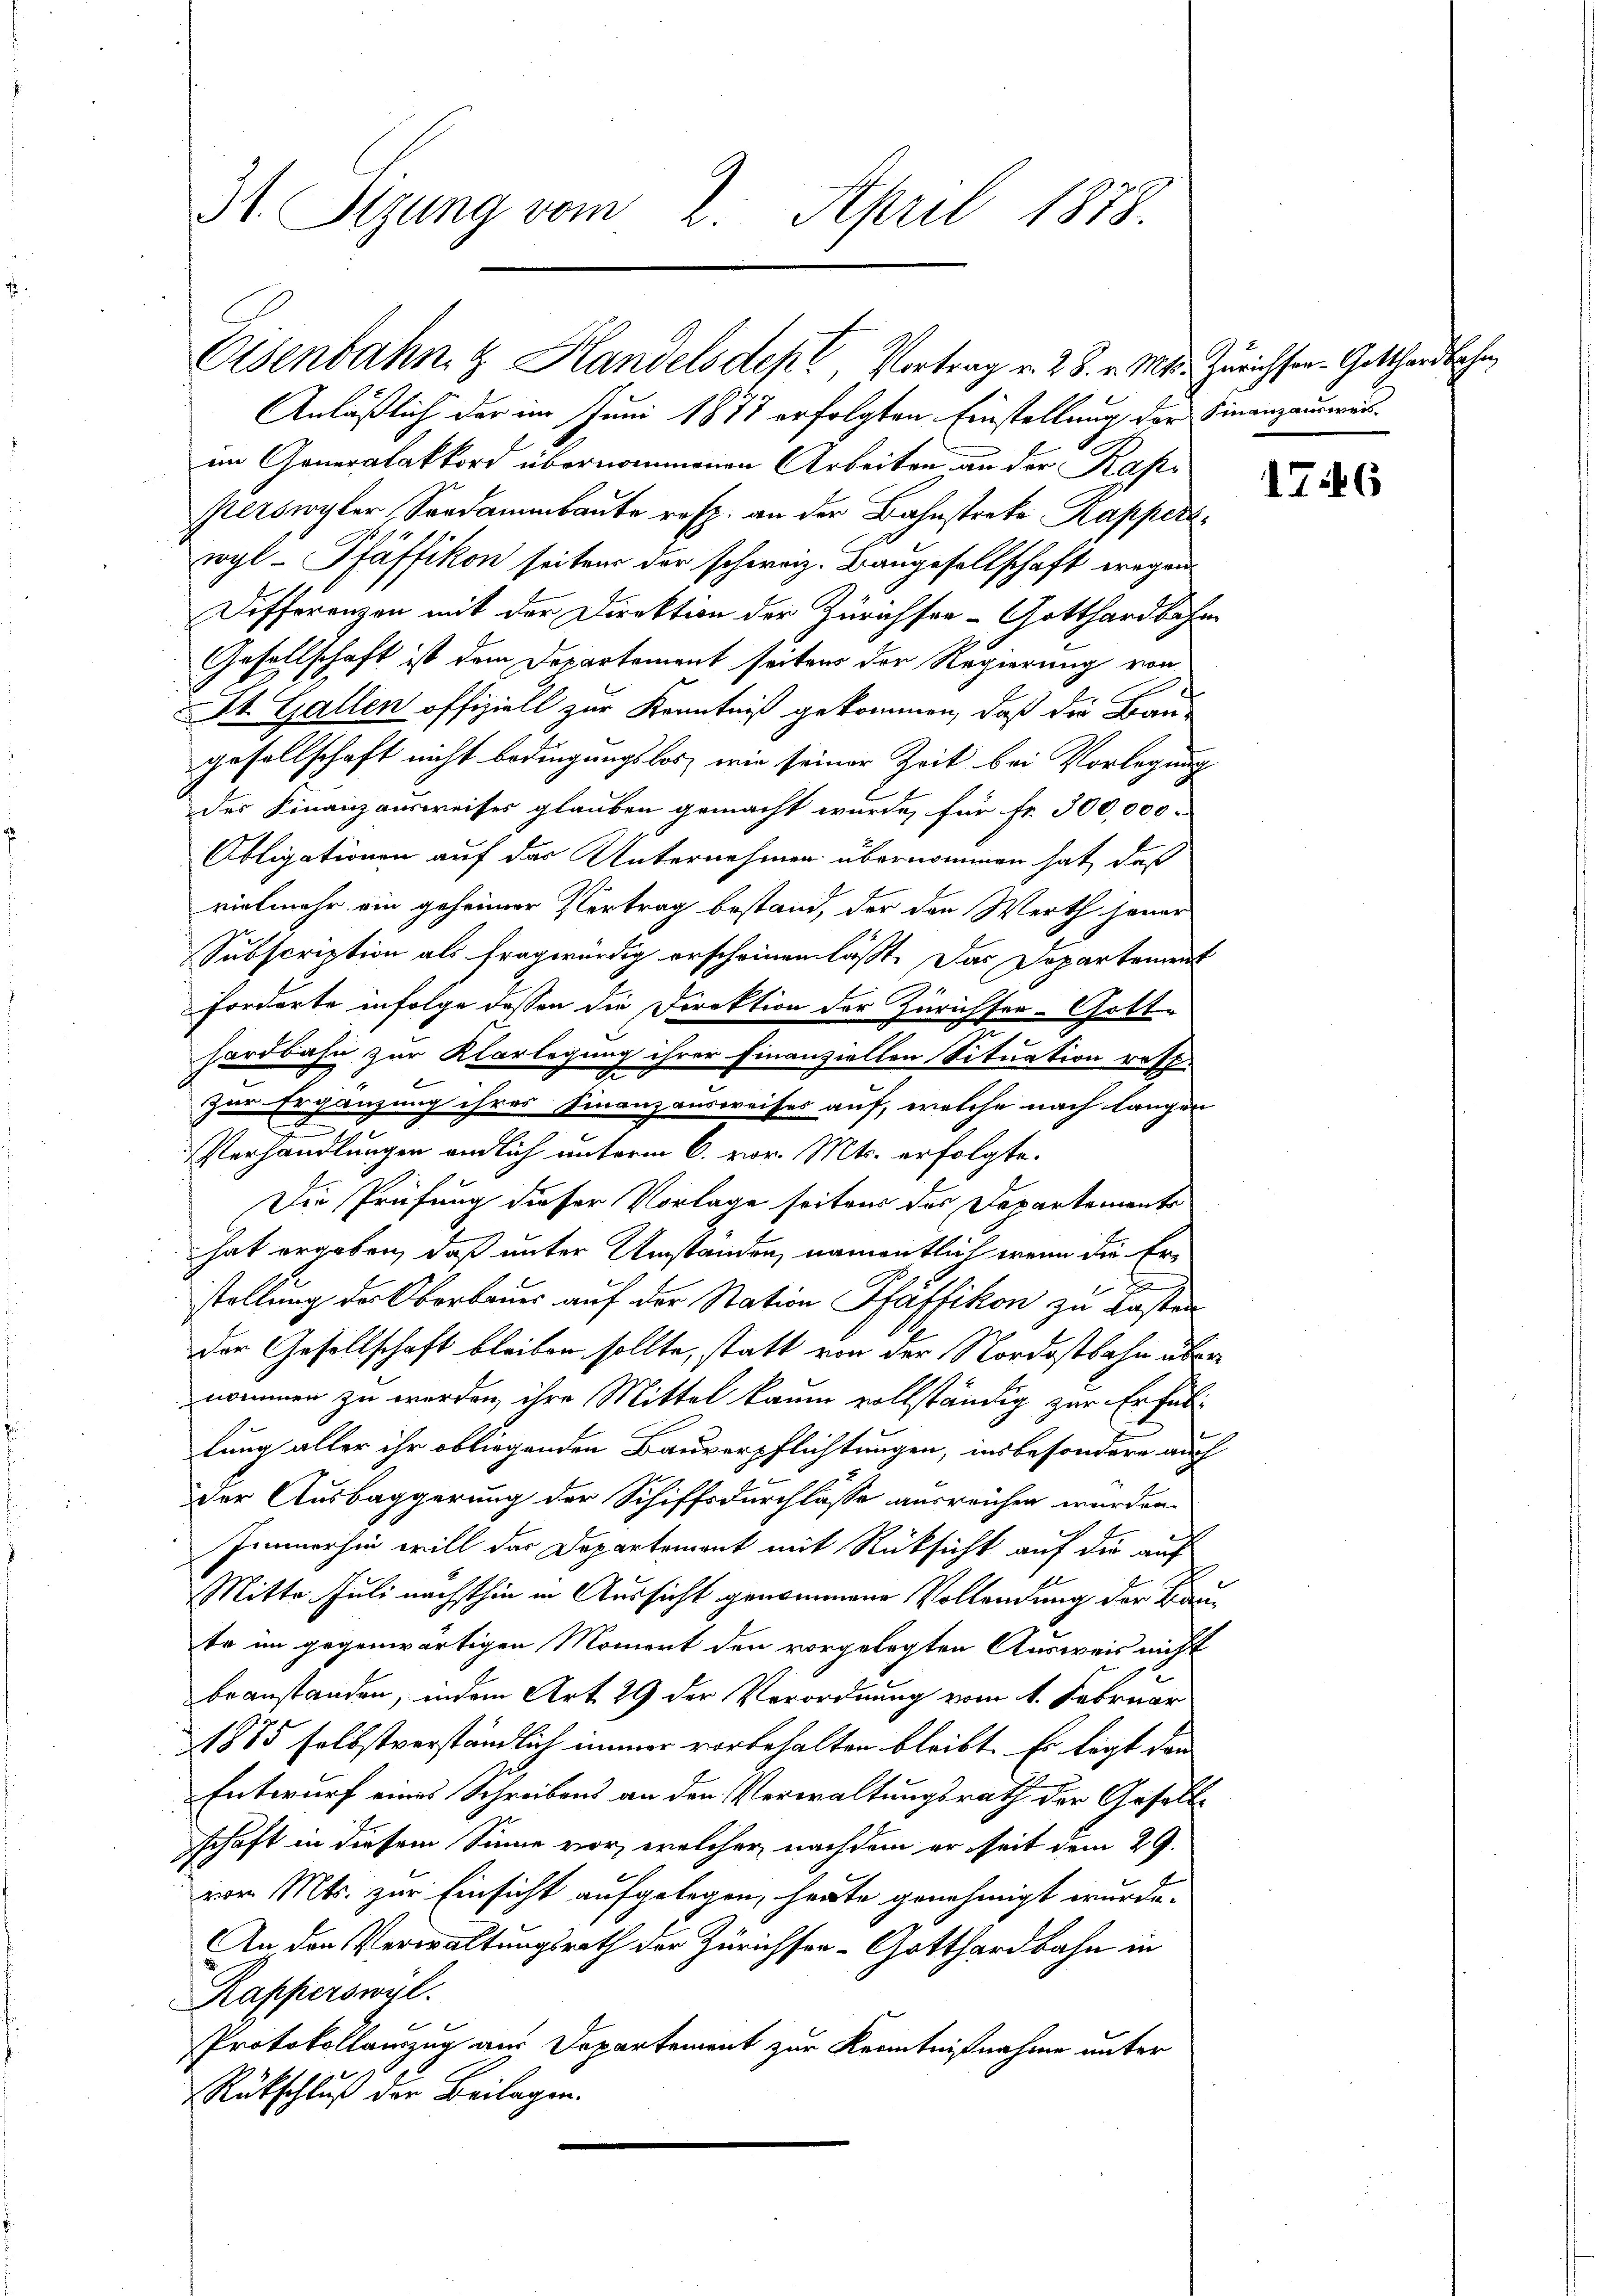
31. Sizung vom 2. April 1878.

Osenbahn & Handelsdept Vortrag v. 28. v. Mts. Zürichsen. Gotthardbahn,

Anläßlich der im Juni 1877 erfolgten Einstellung der Finanzauswurim Generalakkord übernommenen Arbeiten an der Rapperswyler Sordammbaute resp. an der Bahnstreke Rapperwyl - Pfäffikon seiten der schweiz. Baugesellschaft wegen
Differenzen mit der Direktion der Zürichser- Gotthardbahn
Gesellschaft ist dem Departement seitens der Regierung von
St. Gallen offiziell zur Kenntniß gekommen, daß die Bau-
gesellschaft nicht bedingungslos, wie seiner Zeit bei Vorlegung
des Finanzausweises glauben gemacht wurde, für fr. 300,000.
Obligationen auf das Unternehmen übernommen hat, daß
vielmehr ein geheimer Vertrag bestand, der den Werth heuer
Subscription als fragwürdig erscheinen läßt. Das Departement
Forderte infolge dessen die Direktion der Zürichsen-Gott-
hardbahn zur Klarlegung ihrer Finanziellen Situation rost-
zur Ergänzung ihres Finanzausweises auf, welche nach langen
Verhandlungen endlich unterm 6. vor. Mts. erfolgte.
Die Prüfung dieser Vorlage seitens des Departements
hat ergeben, daß unter Umständen, namentlich wenn die Erstellung der Oberbauer auf der Station Pfäffikon zu Lasten
der Gesellschaft bleiben sollte, statt von der Nordostbahn über
nommen zu werden, ihre Mittel kaum vollständig zur Erfüllung aller ihr obliegenden Bauverpflichtungen, insbesondere auch
der Ausbaggerung der Schiffsdurchlasse ausreichen wurden.
Immerhin will das Departement mit Rücksicht auf die auf
Mitte Juli nächsthin in Aussicht genommene Vollendung der Baute im gegenwärtigen Moment den vorgelegten Ausweis nicht
beanstanden, indem Art. 29 der Verordnung vom 1. Februar
1885 selbstverständlich immer vorbehalten bleibt. Es ligt dann
Entwurf eines Schreibens an den Verwaltungsrath der Gesell-
schaft in diesem Sinne vor, welcher nachdem er seit dem 29.
von Mts. zur Einsicht aufgelegen, heute genehmigt wurde.
An den Verwaltungsrath der Zürichsen-Gotthardbahn in
Kapperswyl.
Protokollauszug aus Departement zur Kenntnißnahme unter
Rükschluß der Beilagen.

1746